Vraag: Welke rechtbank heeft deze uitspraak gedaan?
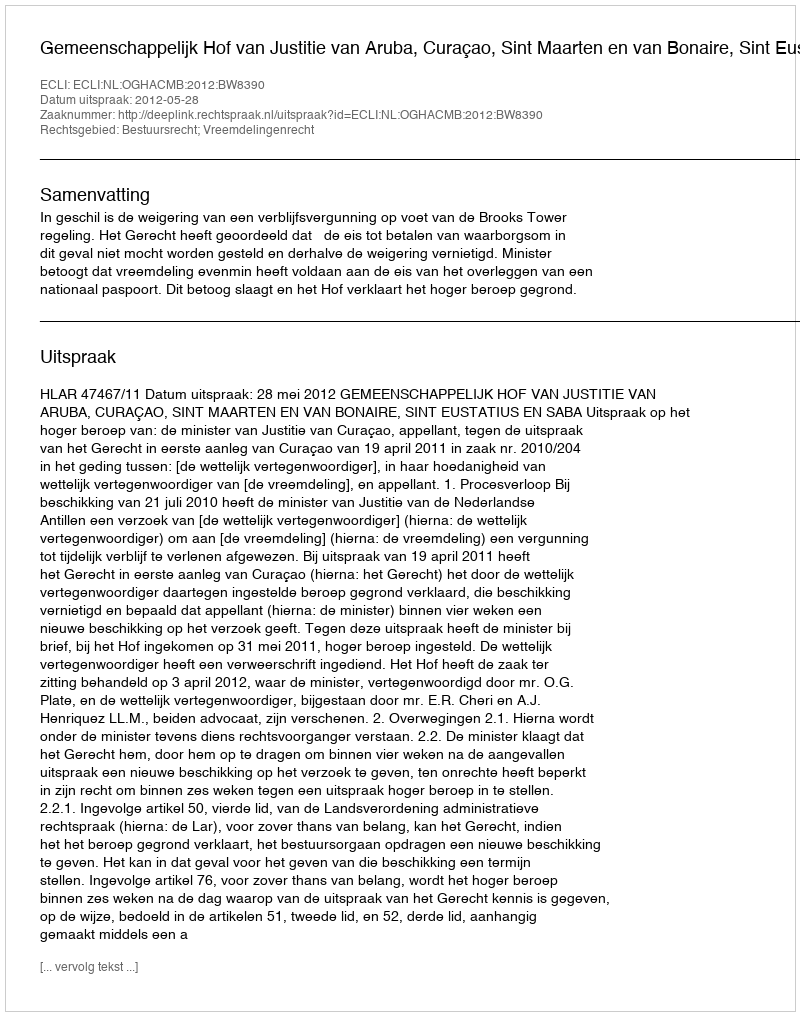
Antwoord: Gemeenschappelijk Hof van Justitie van Aruba, Curaçao, Sint Maarten en van Bonaire, Sint Eustatius en Saba